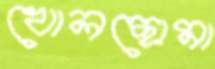
খোলছোমা